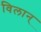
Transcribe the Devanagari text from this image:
विलान्